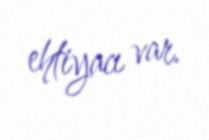
ehtiyacı var.